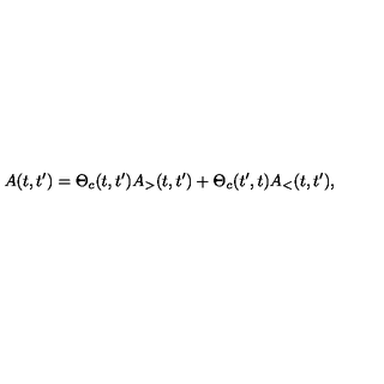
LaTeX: A ( t , t ^ { \prime } ) = \Theta _ { c } ( t , t ^ { \prime } ) A _ { > } ( t , t ^ { \prime } ) + \Theta _ { c } ( t ^ { \prime } , t ) A _ { < } ( t , t ^ { \prime } ) ,